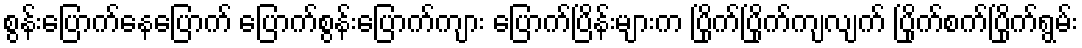
စွန်းပြောက်နေပြောက် ပြောက်စွန်းပြောက်ကျား ပြောက်ပြိန်းများက ပြိုက်ပြိုက်ကျလျက် ပြိုက်စက်ပြိုက်ရွမ်း